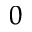
^ 0